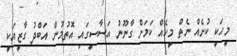
މީހަކީ ކުށެއް ނެތް މީހެއް ކަމަށް ގާނޫނު އަސާސީގައި އޮތުމުން އަބްދު ގާޒީއަކީ